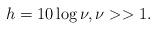
LaTeX: \begin{align*} h=10 \log \nu, \nu >> 1.\end{align*}